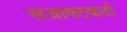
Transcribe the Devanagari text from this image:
सजावटकर्ता